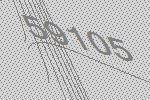
59105